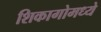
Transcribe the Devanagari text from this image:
शिकागोमध्ये